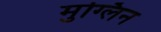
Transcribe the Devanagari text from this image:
मुग्लिन